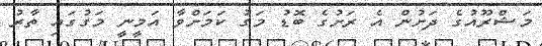
މަޝްރޫއުގެ ދަށުން އެ ރަށުގެ ބޮޑު މަގު ކަމަށްވާ އަމީނީ މަގުގައި ތާރު